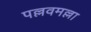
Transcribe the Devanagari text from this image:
पल्लवमल्ला